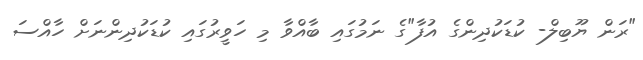
"ރަން ޔޫބިލް- ކުޑަކުދިންގެ އުފާ"ގެ ނަމުގައި ބާއްވާ މި ހަވީރުގައި ކުޑަކުދިންނަށް ހާއްސަ